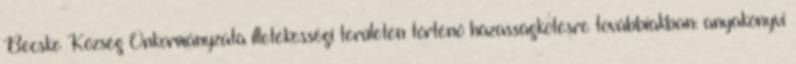
Becske Község Önkormányzata illetékességi területén történő házasságkötésre továbbiakban: anyakönyvi